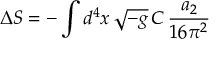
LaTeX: \Delta S = - \int d ^ { 4 } x \, \sqrt { - g } \, C \, \frac { a _ { 2 } } { 1 6 \pi ^ { 2 } }